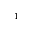
^ { 1 }